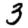
Digit: 3